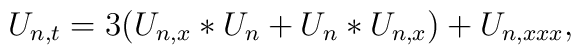
U_{n,t} = 3(U_{n,x}\ast U_n + U_n\ast U_{n,x}) + U_{n,xxx},